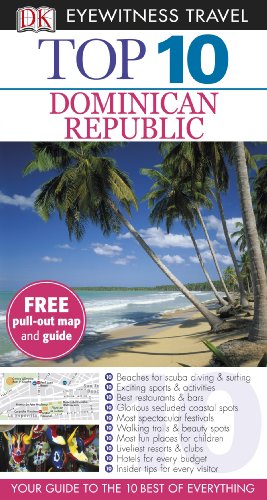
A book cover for Dominican Republic. (DK Eyewitness Top 10 Travel Guide); James Ferguson; Travel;